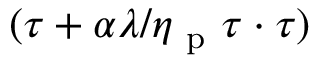
( \boldsymbol { \tau } + \alpha \lambda / \eta _ { \mathrm { ~ p ~ } } \boldsymbol { \tau } \cdot \boldsymbol { \tau } )